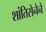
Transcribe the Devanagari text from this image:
शांतिसेनेने